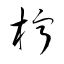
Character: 檸